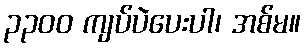
၃၃၀၀ ကျပ်ပဲပေးပါ၊ အစ်မ။